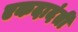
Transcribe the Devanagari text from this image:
एकदादंती